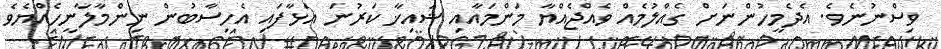
ވިސްނުނެވެ. އެދެމީހުންނަށް ގެއްލުމެއް ވެއްޖެއްޔާ މަންމައާއި ޝައިޚާ ކަރުނަ އަޅާފައި އެހިސާބުން ނިންމާލާނީހެއްޔެވެ